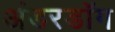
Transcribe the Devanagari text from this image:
अंडरडाॅग